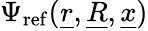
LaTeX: \Psi_{\mathrm{ref}}(\underline{{r}},\underline{{R}},\underline{{x}})